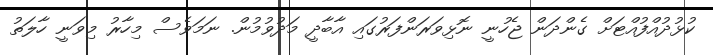
ކުޅުދުއްފުއްޓަށް ގެންދަން ޖެހުނީ ނޮޅިވަރަންފަރުގައި އާބާދީ މަދުވުމުން. ނަމަވެސް މިހާރު މިވަނީ ހާލަތު